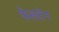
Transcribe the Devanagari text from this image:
फेलटेन